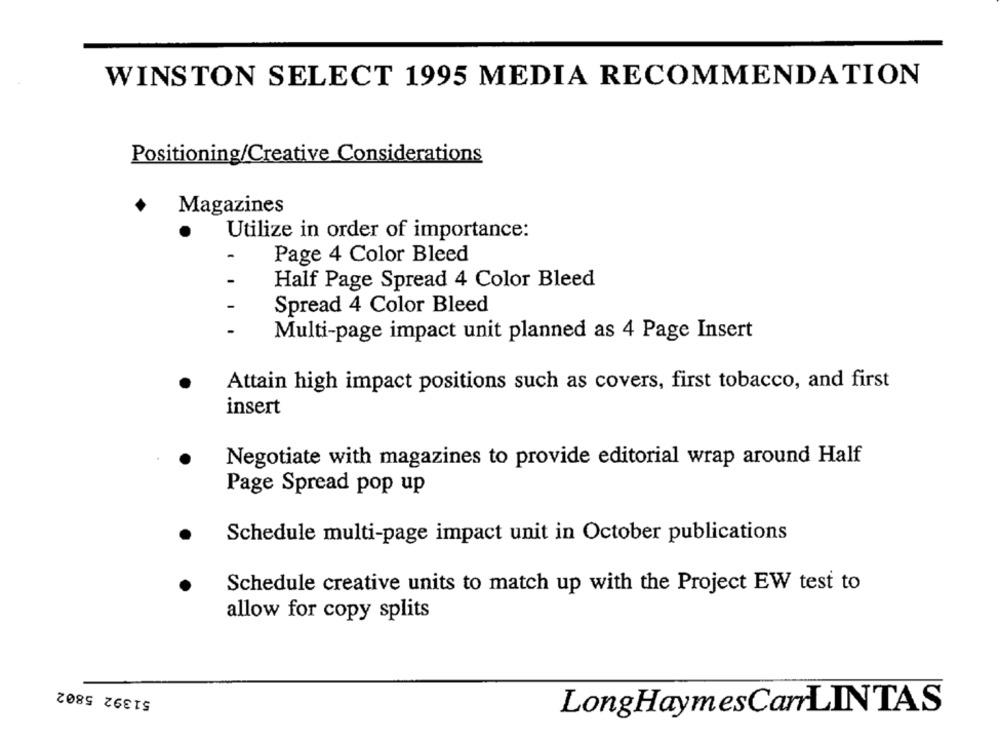
WINSTON SELECT 1995 MEDIA RECOMMENDATION
Positioning/Creative Considerations
Magazines
Utilize in order of importance:
Page 4 Color Bleed
Half Page Spread 4 Color Bleed
Spread 4 Color Bleed
Multi-page impact unit planned as 4 Page Insert
Attain high impact positions such as covers, first tobacco, and first
insert
Negotiate with magazines to provide editorial wrap around Half
Page Spread pop up
Schedule multi-page impact unit in October publications
Schedule creative units to match up with the Project EW test to
allow for copy splits
51392 5802
LongHaymesCarLINTAS